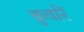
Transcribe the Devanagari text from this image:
कुवांरें